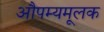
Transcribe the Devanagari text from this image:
औपम्यमूलक